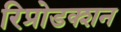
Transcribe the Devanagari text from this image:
रिप्रोडक्शन